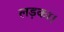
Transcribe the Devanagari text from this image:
लड़का।